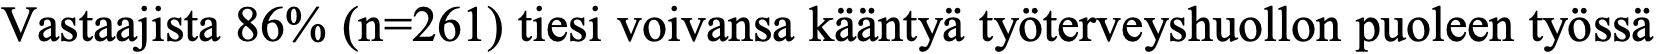
Vastaajista 86% (n=261) tiesi voivansa kääntyä työterveyshuollon puoleen työssä